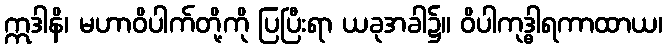
ဣဒါနိ၊ မဟာဝိပါက်တို့ကို ပြပြီးရာ ယခုအခါ၌။ ဝိပါကုဒ္ဓါရကာထာယ၊